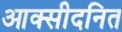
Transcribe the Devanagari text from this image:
आक्सीदनित